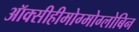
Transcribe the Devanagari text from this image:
ऑक्सीहीमोग्मोग्लोबिन